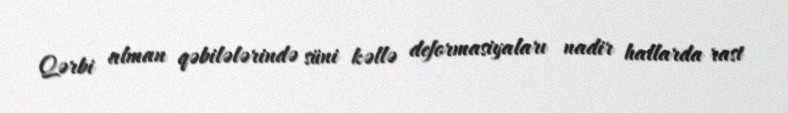
Qərbi alman qəbilələrində süni kəllə deformasiyaları nadir hallarda rast